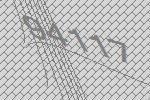
94117